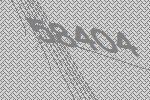
58404